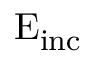
\mathrm { { { E } } _ { \mathrm { { i n c } } } }